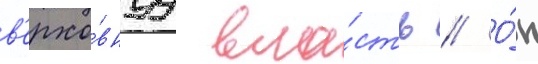
в'ерхо́внуу вла́сть // О́н